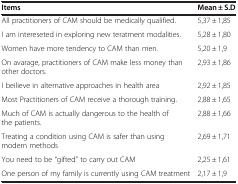
<table><thead><tr><td><b>Items</b></td><td><b>Mean ± S.D</b></td></tr></thead><tbody><tr><td>All practitioners of CAM should be medically qualified.</td><td>5,37 ± 1,85</td></tr><tr><td>I am intereseted in exploring new teratment modalities.</td><td>5,28 ± 1,80</td></tr><tr><td>Women have more tendency to CAM than men.</td><td>5,20 ± 1,9</td></tr><tr><td>On avarage, practitioners of CAM make less money than other doctors.</td><td>2,93 ± 1,86</td></tr><tr><td>I beilieve in alternative approaches in health area</td><td>2,92 ± 1,85</td></tr><tr><td>Most Practitioners of CAM receive a thorough training.</td><td>2,88 ± 1,65</td></tr><tr><td>Much of CAM is actually dangerous to the health of the patients.</td><td>2,88 ± 1,66</td></tr><tr><td>Treating a condition using CAM is safer than using modern methods</td><td>2,69 ± 1,71</td></tr><tr><td>You need to be “gifted” to carry out CAM</td><td>2,25 ± 1,61</td></tr><tr><td>One person of my family is currently using CAM treatment</td><td>2,17 ± 1,9</td></tr></tbody></table>